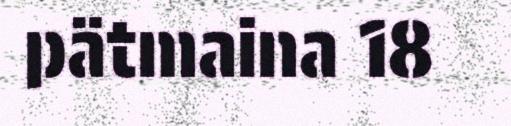
pätmaina 18